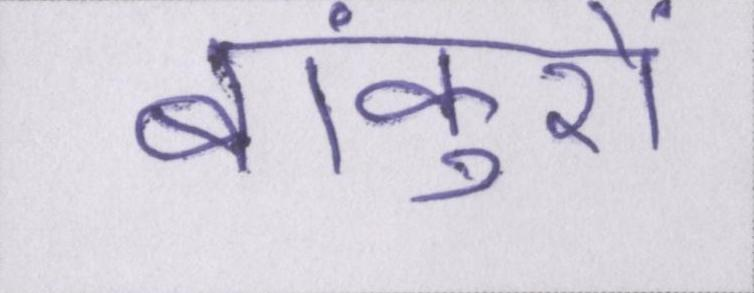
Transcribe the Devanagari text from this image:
बांकुरों